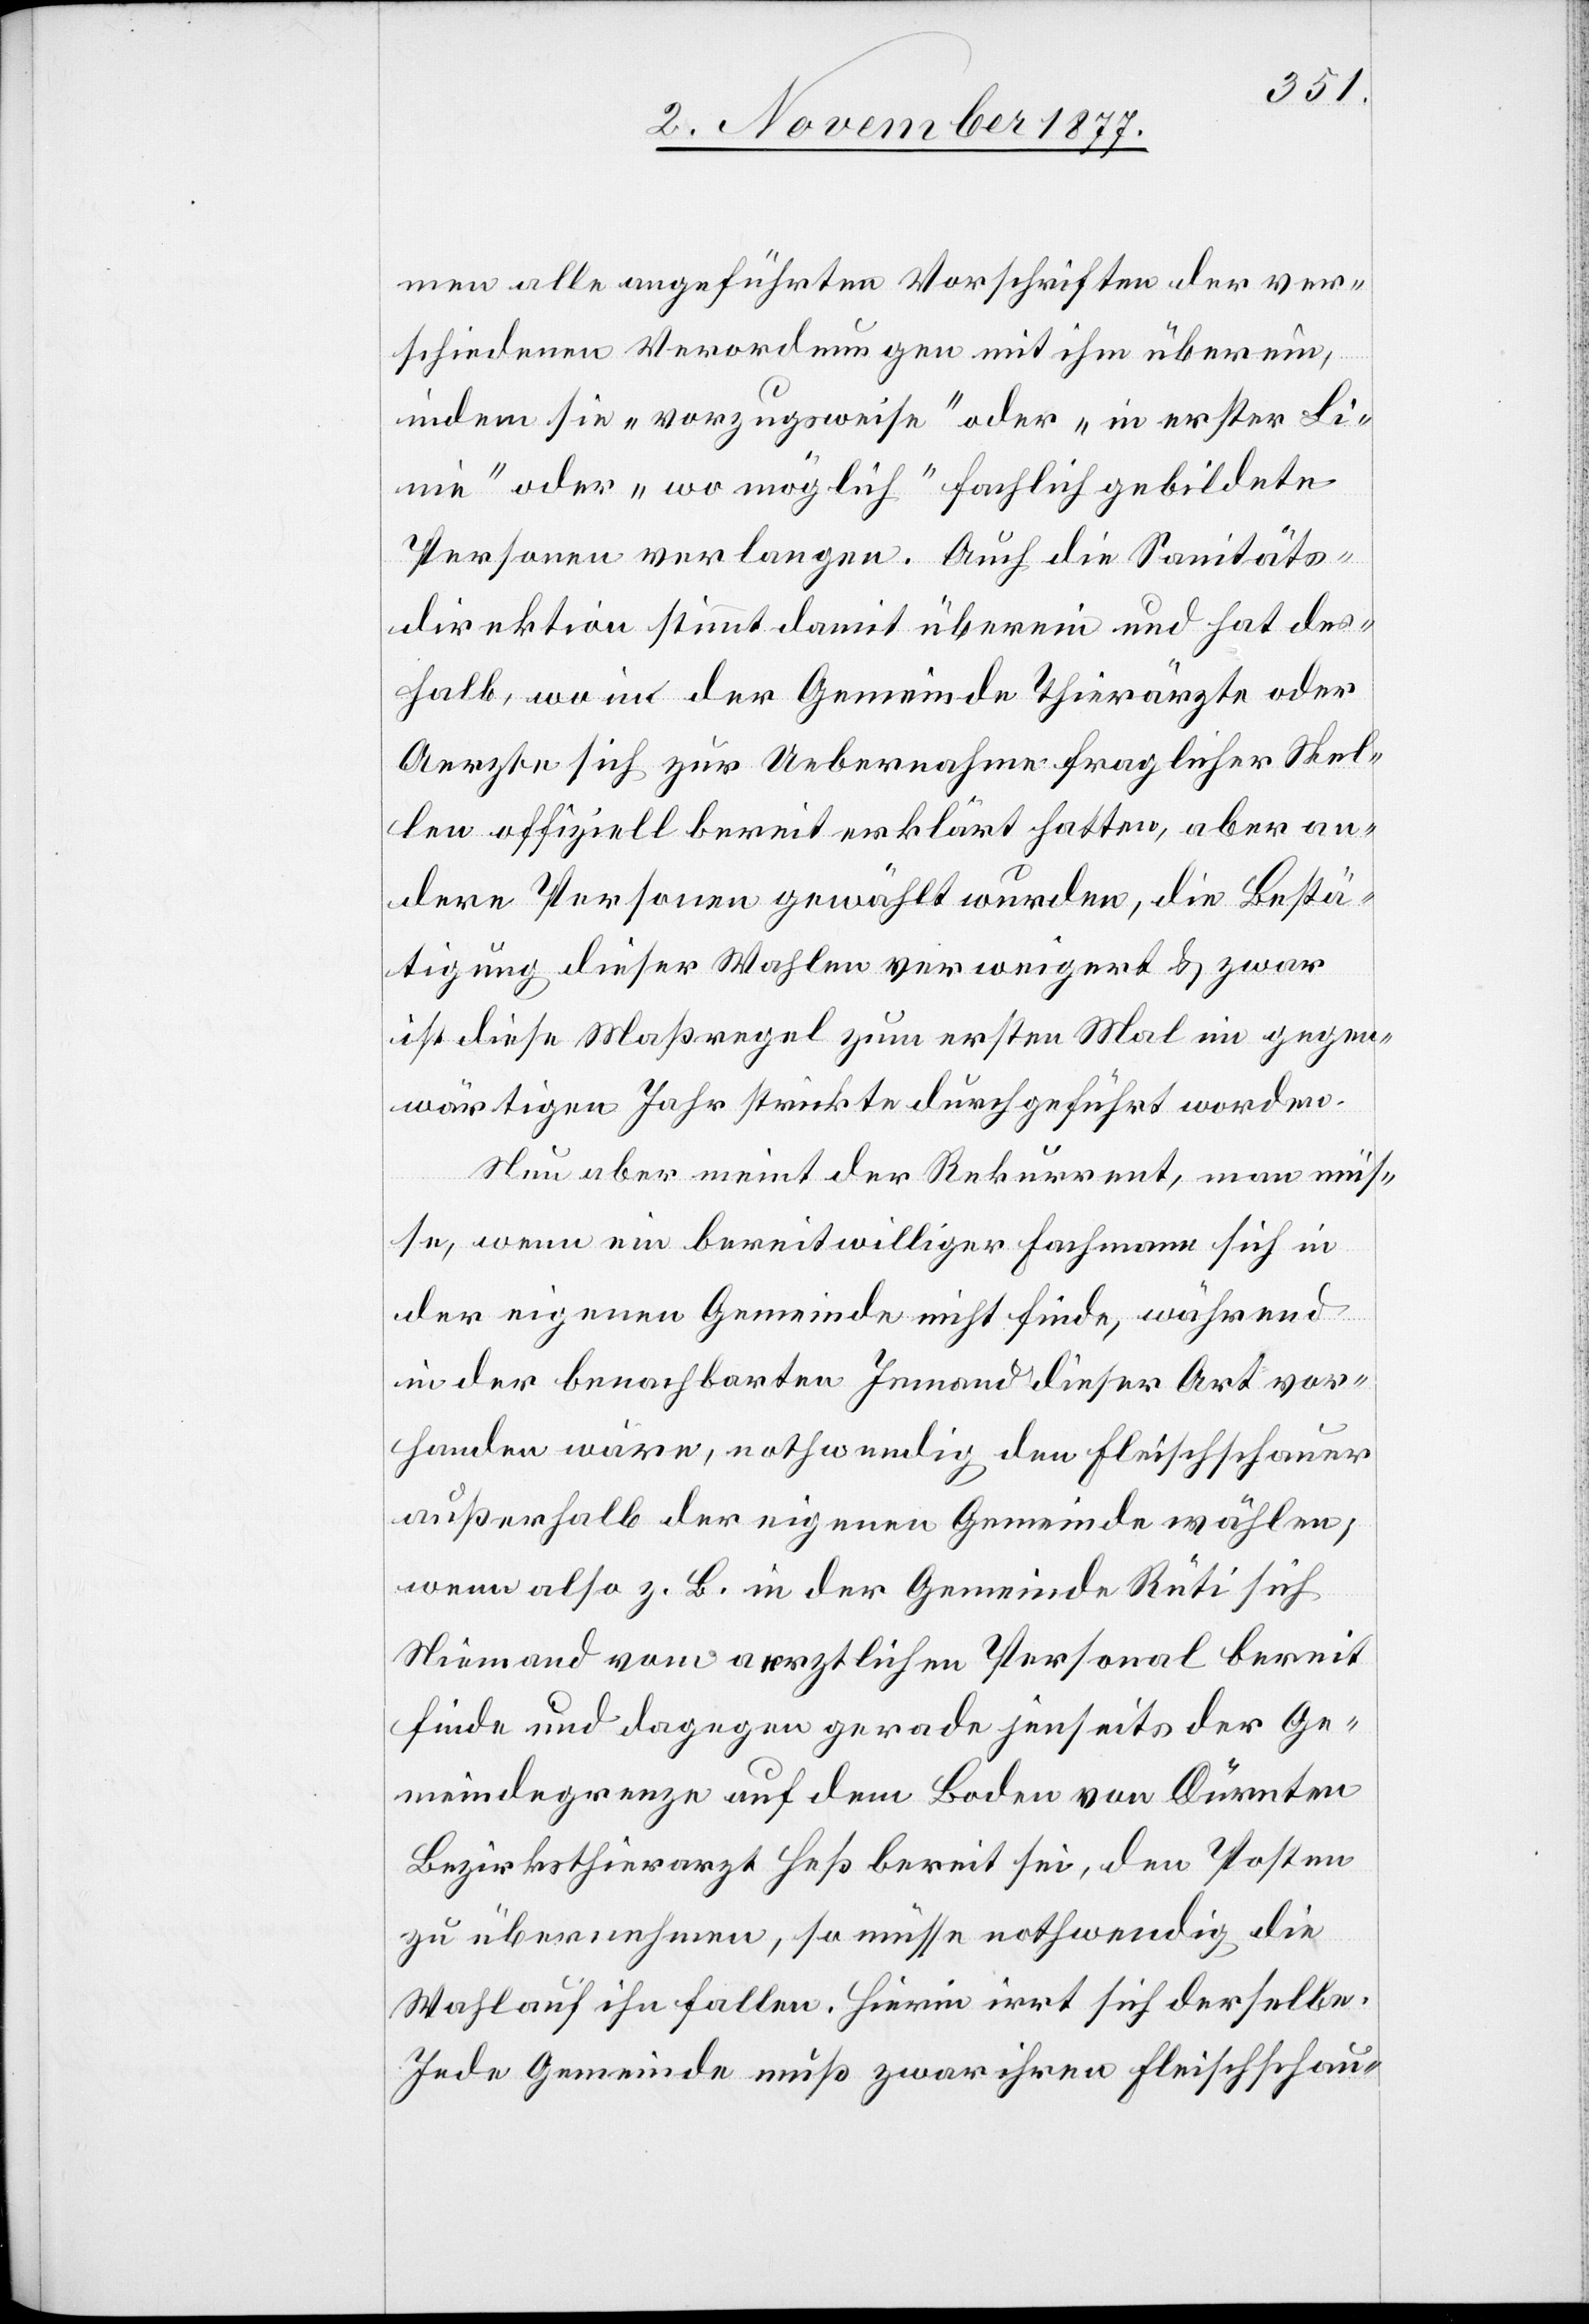
men alle angeführten Vorschriften der ver¬
schiedenen Verordnungen mit ihm überein,
indem sie „vorzugsweise“ oder „in erster Li¬
nie“ oder „wo möglich“ fachlich gebildete
Personen verlangen. Auch die Sanitäts¬
direktion stimmt damit überein und hat des¬
halb, wo in der Gemeinde Thierärzte oder
Aerzte sich zur Uebernahme fraglicher Stel¬
len offiziell bereit erklärt hatten, aber an¬
dere Personen gewählt wurden, die Bestä¬
tigung dieser Wahlen verweigert & zwar
ist diese Maßregel zum ersten Mal im gegen¬
wärtigen Jahr strickte durchgeführt worden.
Nun aber meint der Rekurrent, man müs¬
se, wenn ein bereitwilliger Fachmann sich in
der eigenen Gemeinde nicht finde, während
in der benachbarten Jemand dieser Art vor¬
handen wäre, nothwendig den Fleischschauer
außerhalb der eigenen Gemeinde wählen;
wenn also z. B. in der Gemeinde Rüti sich
Niemand vom aerztlichen Personal bereit
finde und dagegen gerade jenseits der Ge¬
meindegrenze auf dem Boden von Dürnten
Bezirksthierarzt Heß bereit sei, den Posten
zu übernehmen, so müsse nothwendig die
Wahl auf ihn fallen. Hierin irrt sich derselbe.
Jede Gemeinde muß zwar ihren Fleischschau-